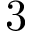
3